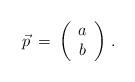
LaTeX: \begin{align*}\vec{p} \: =\: \left( \begin{array}{cc}a \\ b \end{array} \right) \, .\end{align*}